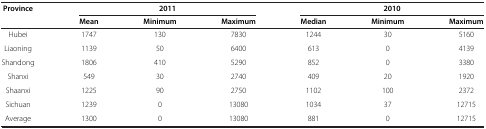
<table><thead><tr><td><b>Province</b></td><td colspan="3"><b>2011</b></td><td colspan="3"><b>2010</b></td></tr><tr><td><b> </b></td><td><b>Mean</b></td><td><b>Minimum</b></td><td><b>Maximum</b></td><td><b>Median</b></td><td><b>Minimum</b></td><td><b>Maximum</b></td></tr></thead><tbody><tr><td>Hubei</td><td>1747</td><td>130</td><td>7830</td><td>1244</td><td>30</td><td>5160</td></tr><tr><td>Liaoning</td><td>1139</td><td>50</td><td>6400</td><td>613</td><td>0</td><td>4139</td></tr><tr><td>Shandong</td><td>1806</td><td>410</td><td>5290</td><td>852</td><td>0</td><td>3380</td></tr><tr><td>Shanxi</td><td>549</td><td>30</td><td>2740</td><td>409</td><td>20</td><td>1920</td></tr><tr><td>Shaanxi</td><td>1225</td><td>90</td><td>2750</td><td>1102</td><td>100</td><td>2372</td></tr><tr><td>Sichuan</td><td>1239</td><td>0</td><td>13080</td><td>1034</td><td>37</td><td>12715</td></tr><tr><td>Average</td><td>1300</td><td>0</td><td>13080</td><td>881</td><td>0</td><td>12715</td></tr></tbody></table>